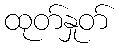
ထုတ်နှုတ်